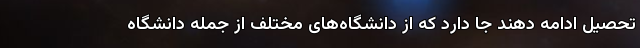
تحصیل ادامه دهند جا دارد که از دانشگاه‌‌های مختلف از جمله دانشگاه